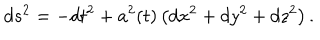
d s ^ { 2 } = - d t ^ { 2 } + a ^ { 2 } ( t ) \left( d x ^ { 2 } + d y ^ { 2 } + d z ^ { 2 } \right) .